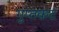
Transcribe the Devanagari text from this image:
गुप्तकट